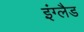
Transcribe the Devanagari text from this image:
इंग्लैड